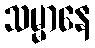
သမ္မာနေ